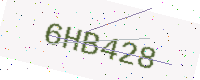
Text: 6HB428